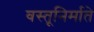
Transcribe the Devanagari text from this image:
वस्तूनिर्माते